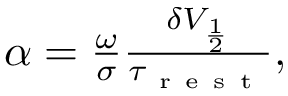
\begin{array} { r } { \alpha = \frac { \omega } { \sigma } \frac { \delta V _ { \frac { 1 } { 2 } } } { \tau _ { \mathrm { ~ r ~ e ~ s ~ t ~ } } } , } \end{array}